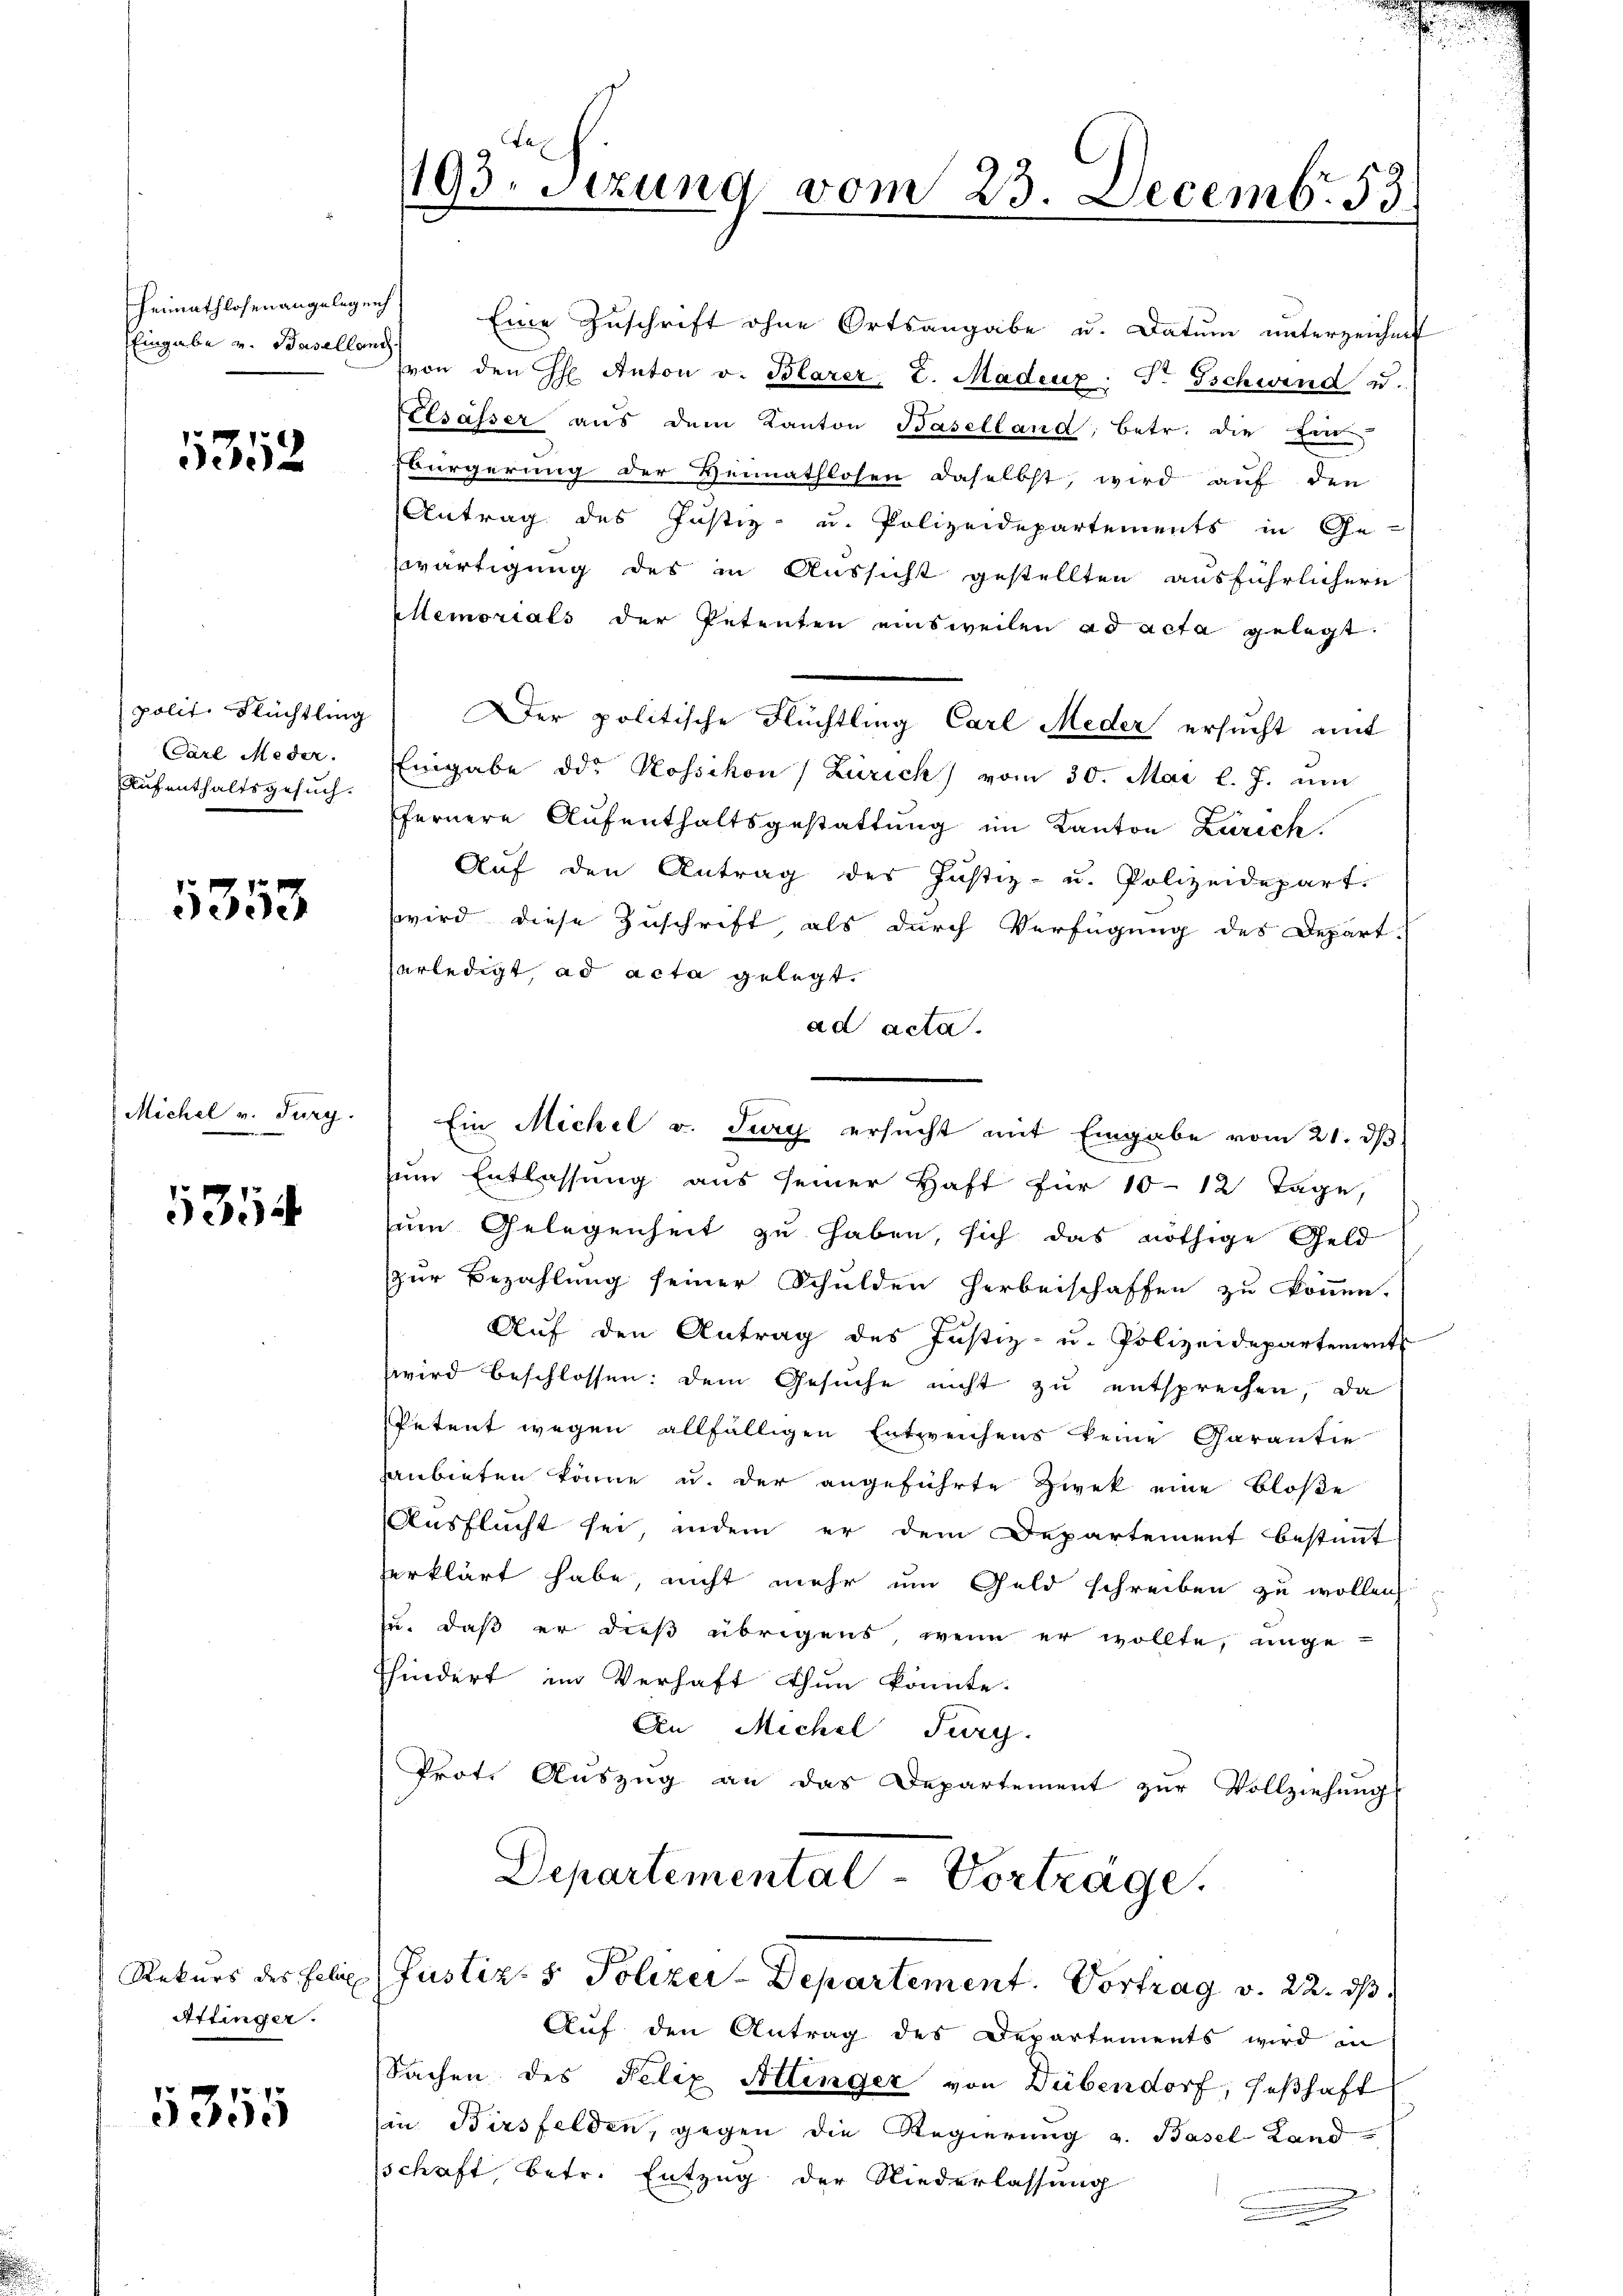
Eingabe v. Baselland.

1352

polit. Flüchtling
Carl Meder.
Aufenthaltsgesuch.

1353

Michel v. Furg.

354

Rekurs des Felix
Attinger.

5355

193. Sitzung vom 23. Decemb. 53

Heimathlosenangelegen Eine Zuschrift ohne Ortsangabe u. Datum unterzeichnet
von den H. Anton v. Blarer L. Madenz: T. Tschwind u.
Elsässer aŭs dem Kanton Baselland, betr. die Ein-
Bürgerung der Heimathlosen daselbst, wird auf den
Antrag des Justiz- u. Polizeidepartements in Ge-
wärtigung des in Aussicht gestellten ausführlichern
Mlemorials der Petenten einsweilen ad acta gelegt.
Der politische Flüchtling Carl Meder ersucht mit
Eingabe die Kossikon (Zürich) vom 30. Mai l. J. um
ffernere Aufenthaltsgestattung im Kanton Zürich
Aŭf den Antrag des Justiz- u. Polizeidepart.
wird diese Zuschrift, als durch Verfügung des Depart.
erledigt, ad acta gelegt.
ad acta.
zum Entlassung aus seiner Haft für 10-12 Tage,
zum Gelegenheit zu haben, sich das nöthige Geld
zur Bezahlung seiner Schulden Herbeischaffen zu können.
Auf den Antrag des Justiz- u. Polizeidepartement
wird beschlossen: dem Gesuche nicht zu entsprechen, da
Petent wegen allfälligen Entzreichens keine Garantie
anbieten könne u. der angeführte Zwek eine bloße
Ausflucht sei, indem er dem Departement bestimmt
erklärt habe, nicht mehr um Geld schreiben zu wollen,
zu, daß er dieß übrigens, wenn er wollte, unge-
Khindert im Verhaft thun könnte.
An Michel Furg.
Prot. Aŭszŭg an das Departement zŭr Vollziehŭng
Departemental-Vorträge.
Justiz- & Polizei-Departement. Vortrag v. 22. ds.
Auf den Antrag des Departements wird in
Sachen des Felix Attinger von Dübendorf, seßhaft
Ein Birsfelden, gegen die Regierung u. Basel-Land
schaft, betr. Entzug der Niederlassung
x
.

Ein Michel v. Jury ersucht mit Eingabe vom 21. ds